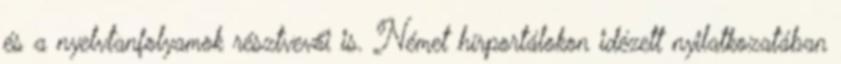
és a nyelvtanfolyamok résztvevői is. Német hírportálokon idézett nyilatkozatában